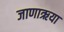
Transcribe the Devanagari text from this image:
जाणाऋया